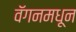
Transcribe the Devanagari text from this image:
वॅगनमधून